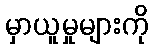
မှာယူမှုများကို